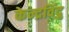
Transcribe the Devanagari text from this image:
केन्द्रविंदु